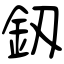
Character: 釼